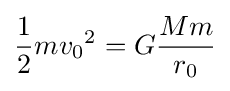
{\frac {1}{2}}m{v_{0}}^{2}=G{\frac {Mm}{r_{0}}}